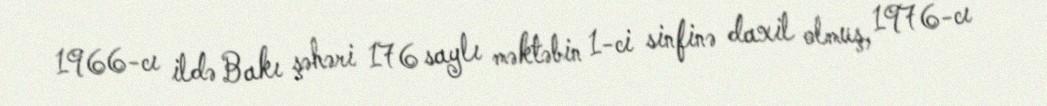
1966-cı ildə Bakı şəhəri 176 saylı məktəbin 1-ci sinfinə daxil olmuş, 1976-cı